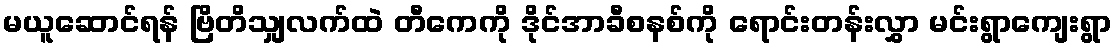
မယူဆောင်ရန် ဗြိတိသျှလက်ထဲ တီကေကို ဒိုင်အာခီစနစ်ကို ရောင်းတန်းလွှာ မင်းရွာကျေးရွာ